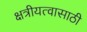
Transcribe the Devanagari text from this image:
क्षत्रीयत्वासाठी